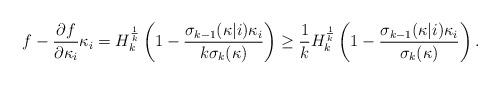
LaTeX: \begin{align*}f-\frac{\partial f}{\partial\kappa_{i}}\kappa_{i}=H_{k}^{\frac{1}{k}}\left(1-\frac{\sigma_{k-1}(\kappa|i)\kappa_{i}}{k\sigma_{k}(\kappa)}\right)\geq \frac{1}{k}H_{k}^{\frac{1}{k}}\left(1-\frac{\sigma_{k-1}(\kappa|i)\kappa_{i}}{\sigma_{k}(\kappa)}\right).\end{align*}